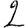
Digit: 2